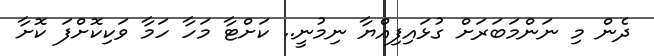
ދެން މި ނަންމަބަރަށް ގުޅައިފިއްޔާ ނިމުނީ.. ކަށްޓާ މަހާ ހަމާ ވަކިކޮށްފަ ކޮށާ